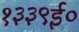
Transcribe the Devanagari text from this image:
१३३९ई०